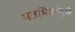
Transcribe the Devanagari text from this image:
मतभिन्नतेमुळे